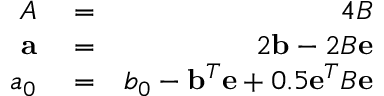
\begin{array} { r l r } { A } & { { } = } & { 4 B } \\ { { \bf a } } & { { } = } & { 2 { \bf b } - 2 B { \bf e } } \\ { a _ { 0 } } & { { } = } & { b _ { 0 } - { \bf b } ^ { T } { \bf e } + 0 . 5 { \bf e } ^ { T } B { \bf e } } \end{array}